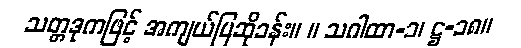
သတ္တဒုကဖြင့် အကျယ်ပြဆိုခန်း။ ။ သဂါထာ-၁၊ ဋ္ဌ-၁၈။